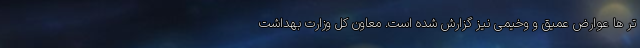
تر ها عوارض عمیق و وخیمی نیز گزارش شده است. معاون کل وزارت بهداشت